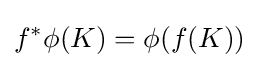
f^{*}\phi (K)=\phi (f(K))